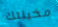
مخيلتك